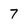
Character: 7